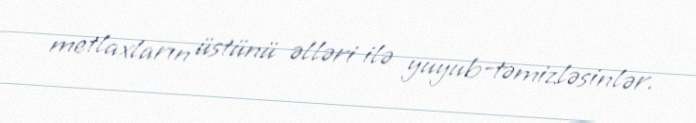
metlaxların üstünü əlləri ilə yuyub-təmizləsinlər.